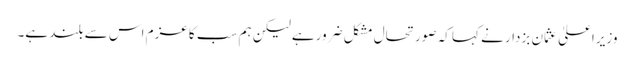
وزیراعلیٰ عثمان بزدار نے کہا کہ صورتحال مشکل ضرورہے لیکن ہم سب کا عزم اس سے بلند ہے۔